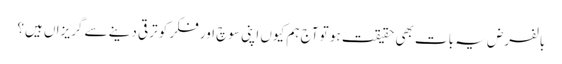
بالفرض یہ بات بھی حقیقت ہو تو آج ہم کیوں اپنی سوچ اور فکر کو ترقی دینے سے گریزاں ہیں؟